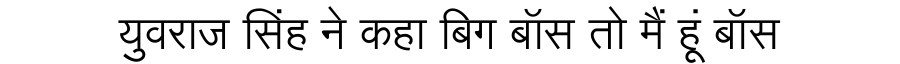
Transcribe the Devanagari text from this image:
युवराज सिंह ने कहा बिग बॉस तो मैं हूं बॉस